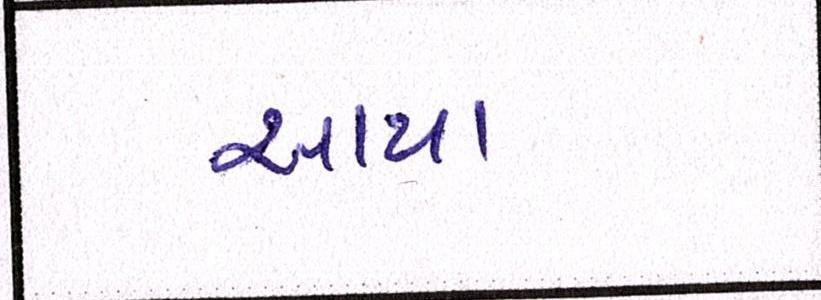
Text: આયા